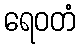
ရေဝတံ